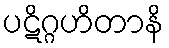
ပဋိဂ္ဂဟိတာနိ